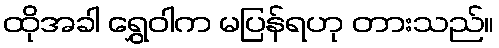
ထိုအခါ ရွှေဝါက မပြန်ရဟု တားသည်။